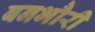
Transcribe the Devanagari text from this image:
बनभौरी